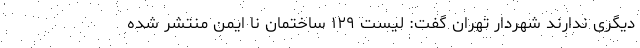
دیگری ندارند شهردار تهران گفت: لیست ۱۲۹ ساختمان نا ایمن منتشر شده